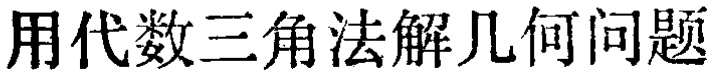
用代数三角法解几何问题